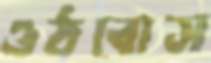
ওঠবোস